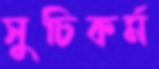
সুচিকর্ম